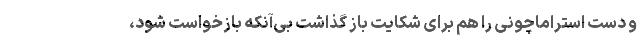
و دست استراماچونی را هم برای شکایت باز گذاشت بی‌آنکه بازخواست شود،